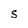
Character: S